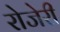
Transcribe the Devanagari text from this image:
रोजेरी